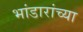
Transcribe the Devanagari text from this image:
भांडारांच्या